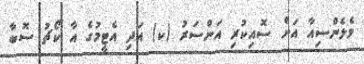
ވެލެންސިއާ އަށް ސޮއިކުރި އަންސަރު (ކ) އަދި އެޓީމުގެ އާ ކޯޗު ސޮބާ